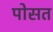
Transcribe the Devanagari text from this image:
पोसत